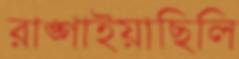
রাঙ্গাইয়াছিলি